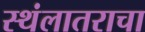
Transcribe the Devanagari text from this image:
स्थंलातराचा